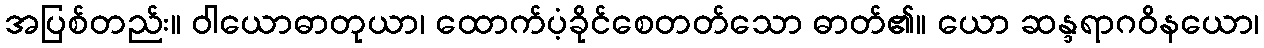
အပြစ်တည်း။ ဝါယောဓာတုယာ၊ ထောက်ပံ့ခိုင်စေတတ်သော ဓာတ်၏။ ယော ဆန္ဒရာဂဝိနယော၊